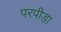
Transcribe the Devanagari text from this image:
परपीड़ा